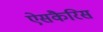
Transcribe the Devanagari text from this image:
ऐसकैरिस